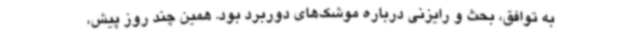
به توافق، بحث و رایزنی درباره موشک‌های دوربرد بود. همین چند روز پیش،